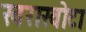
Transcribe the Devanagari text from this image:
खराखोटा